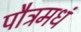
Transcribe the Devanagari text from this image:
पौत्रमधं